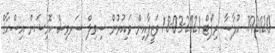
792020. ޙުލާސާ ރިޕޯޓް 2021-03-18 ވަޒީފާއިން ވަކިކުރުން ސިވިލް ސަރވިސް ކޮމިޝަން އިސްޙާޤް